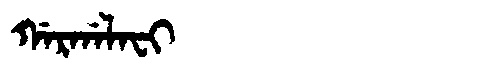
Manchu: ᡤᠠᡵᡤᠠᠯᠠᠸᡳ
Romanization: GARGALAFI